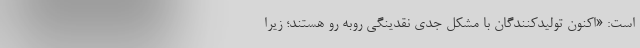
است: «اکنون تولیدکنندگان با مشکل جدی نقدینگی روبه رو هستند؛ زیرا